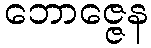
ဘောဇ္ဇေန